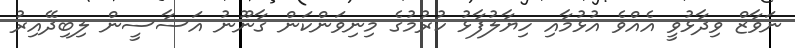
ނަވާޒް ވިދާޅުވީ އެއްވެ އުޅުމާއި ހިޔާލުފާޅު ކުރުމުގެ މިނިވަންކަން ގާނޫނު އަސާސީން ލިބިދޭއިރު